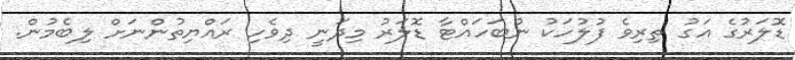
ޑޮލަރުގެ އަގު ތިރިވެ ފުލުހަކު ނުބަހައްޓާ ޑޮލަރު މިދަނީ ދިވެހި ރައްޔިތުންނަށް ލިބެމުން.